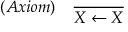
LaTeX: ( A x i o m ) \quad { \frac { } { X \leftarrow X } }